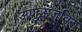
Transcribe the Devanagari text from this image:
अणुऊर्जावर